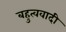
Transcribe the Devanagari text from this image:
बहुत्ववादी